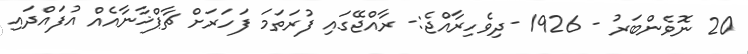
20 ނޮވެންބަރު - 1926 -ދިވެހިރާއްޖެ:- ރާއްޖޭގައި ފުރަތަމަ ފަހަރަށް ޗާޕްޚާނާއެއް އުފައްދައި